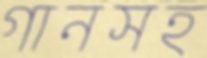
গানসহ